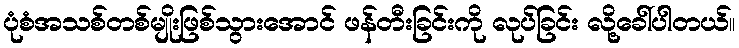
ပုံစံအသစ်တစ်မျိုးဖြစ်သွားအောင် ဖန်တီးခြင်းကို လုပ်ခြင်း လို့ခေါ်ပါတယ်။